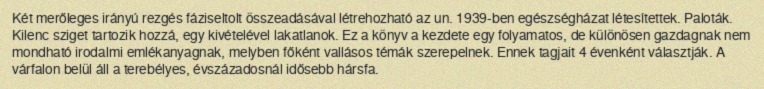
Két merőleges irányú rezgés fáziseltolt összeadásával létrehozható az un. 1939-ben egészségházat létesítettek. Paloták. Kilenc sziget tartozik hozzá, egy kivételével lakatlanok. Ez a könyv a kezdete egy folyamatos, de különösen gazdagnak nem mondható irodalmi emlékanyagnak, melyben főként vallásos témák szerepelnek. Ennek tagjait 4 évenként választják. A várfalon belül áll a terebélyes, évszázadosnál idősebb hársfa.